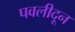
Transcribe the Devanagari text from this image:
पवलीदून